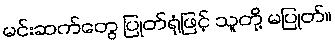
မင်းဆက်တွေ ပြုတ်ရုံဖြင့် သူတို့ မပြုတ်။